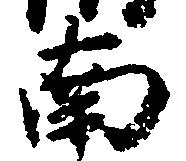
南